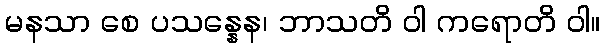
မနသာ စေ ပသန္နေန၊ ဘာသတိ ဝါ ကရောတိ ဝါ။